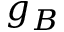
g _ { B }